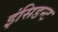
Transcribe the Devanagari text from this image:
इंसिडन्ट